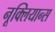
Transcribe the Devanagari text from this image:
नूक्लियान्स